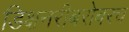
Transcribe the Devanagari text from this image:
डिक्षनरीबरोबरच